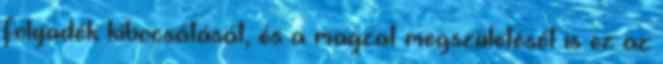
folyadék kibocsátását, és a magzat megszületését is ez az